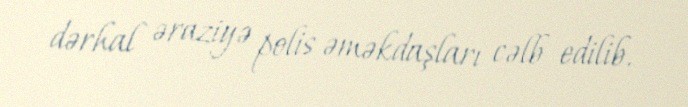
dərhal əraziyə polis əməkdaşları cəlb edilib.